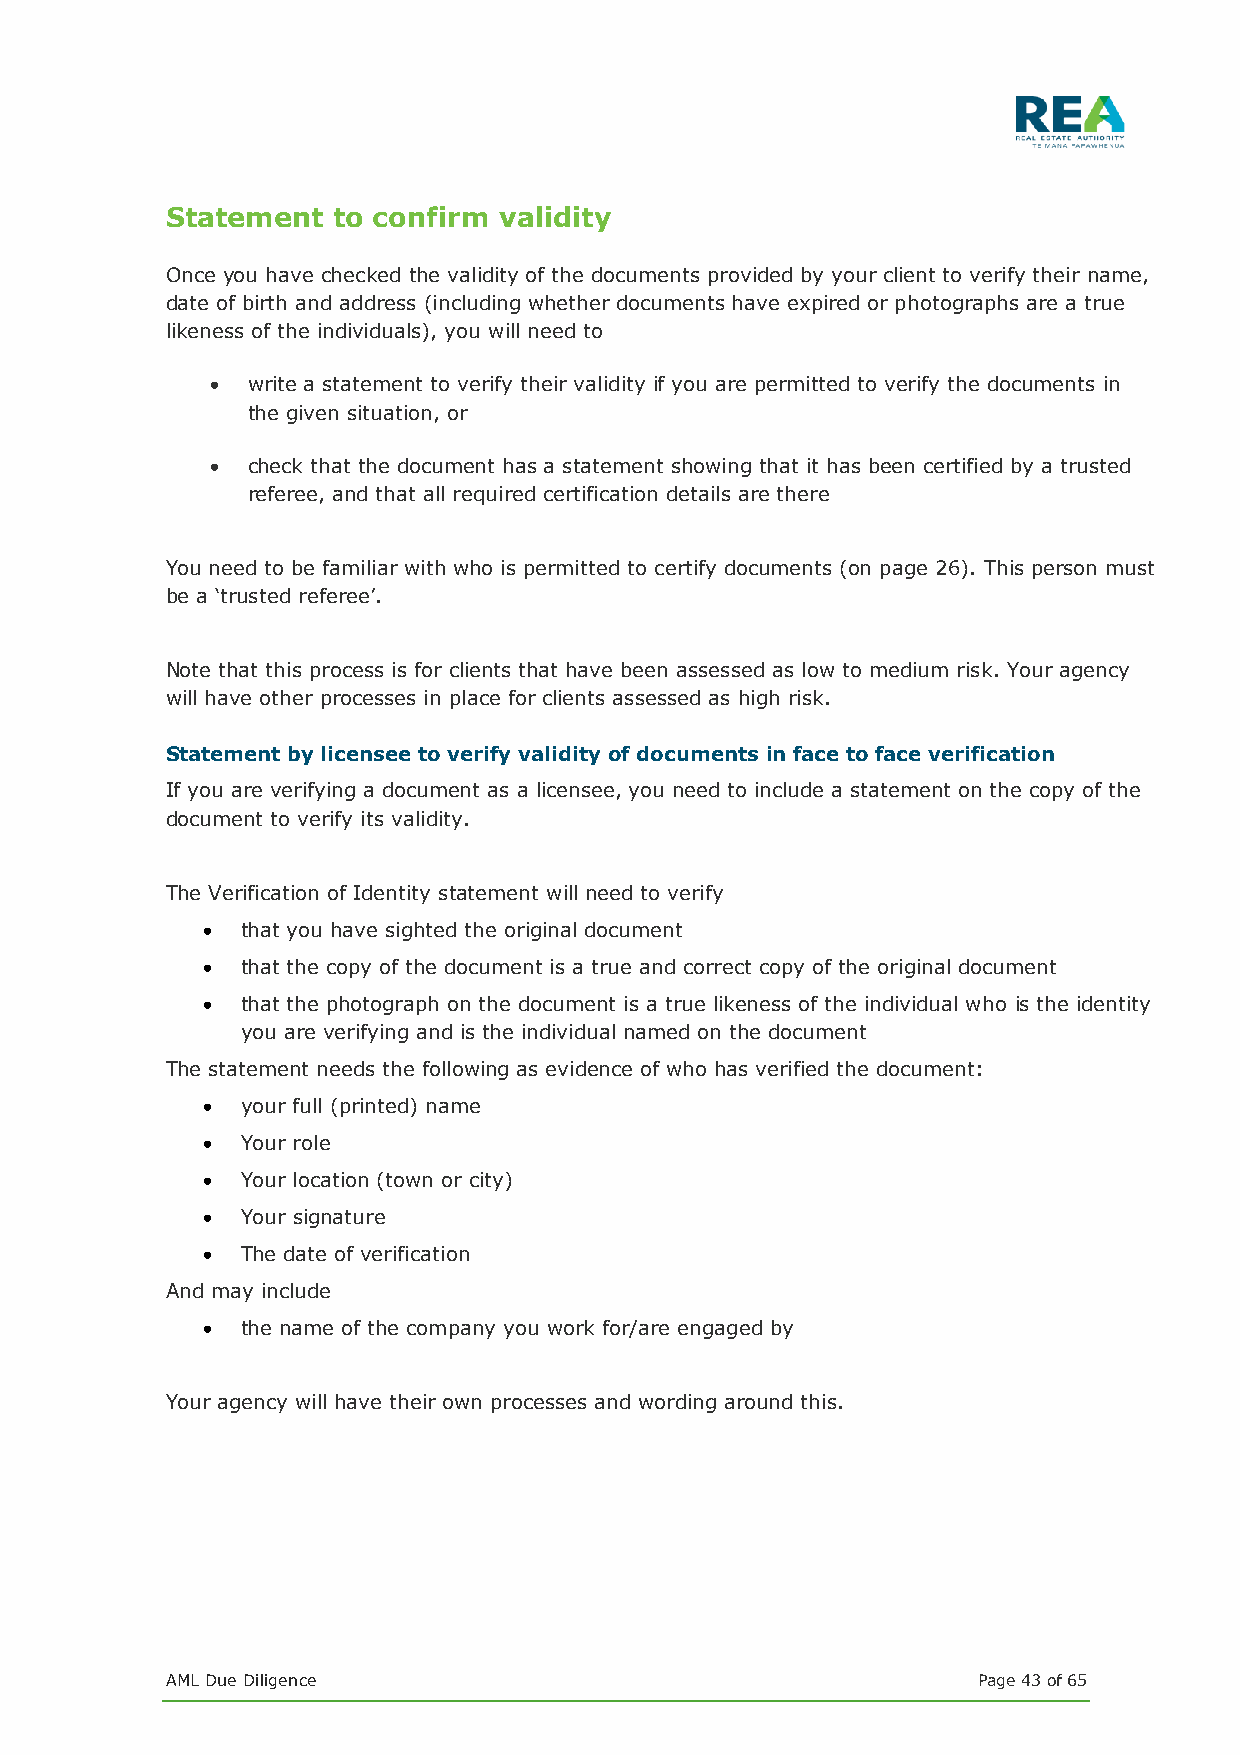
Statement  to confirm validity
 Once you have checked the validity of the documents provided by your client to verify their name,
 date of birth and address (including whether documents have expired or photographs are a true
 likeness of the individuals), you will need to
 • write a statement to verify their validity if you are permitted to verify the documents in
 the given situation, or
 • check that the document has a statement showing that it has been certified by a trusted
 referee, and that all required certification details are there
 You need to be familiar with who is permitted to certify documents (on page 26). This person must
 be a ‘trusted referee’.
 Note that this process is for clients that have been assessed as low to medium risk. Your agency
 will have other processes in place for clients assessed as high risk.
 Statement by licensee to verify validity of documents in face to face verification
 If you are verifying a document as a licensee, you need to include a statement on the copy of the
 document to verify its validity.
 The Verification of Identity statement will need to verify
 •  that you have sighted the original document
 •  that the copy of the document is a true and correct copy of the original document
 •  that the photograph on the document is a true likeness of the individual who is the identity
 you are verifying and is the individual named on the document
 The statement needs the following as evidence of who has verified the document:
 •  your full (printed) name
 •  Your role
 •  Your location (town or city)
 •  Your signature
 •  The date of verification
 And may include
 •  the name of the company you work for/are engaged by
 Your agency will have their own processes and wording around this.
 AML Due Diligence                                     Page 43 of 65